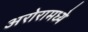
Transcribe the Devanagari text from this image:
अरोरामध्ये